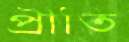
প্রীতি